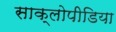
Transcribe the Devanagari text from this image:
साक्लोपीडिया